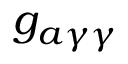
g _ { a \gamma \gamma }